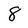
Character: 8